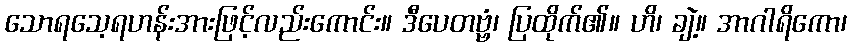
သောရသေ့ရဟန်းအားဖြင့်လည်းကောင်း။ ဒီပေတဗ္ဗံ၊ ပြထိုက်၏။ ဟိ၊ ချဲ့။ အာဂါရိကော၊